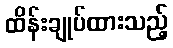
ထိန်းချုပ်ထားသည့်